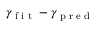
\gamma _ { \textrm { f i t } } - \gamma _ { \textrm { p r e d } }